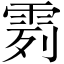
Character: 𩂶